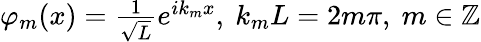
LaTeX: \begin{array}{r}{\varphi_{m}(x)=\frac{1}{\sqrt{L}}e^{ik_{m}x},~k_{m}L=2m\pi,~m\in\mathbb{Z}}\end{array}